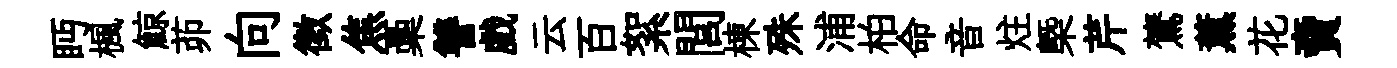
眄楓鯨茆向徵焦稾讐戲云百絮閭棟殊浦柏命音炷槩芹鷟薰花𧶠